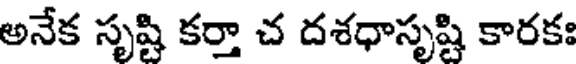
అనేక సృష్టి కర్తా చ దశధాసృష్టి కారకః